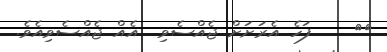
٥٤    ފަހެ އެރަށަށް ޖެއްސެވި  އެއް ޖެއްސެވިއެވެ.